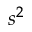
s ^ { 2 }